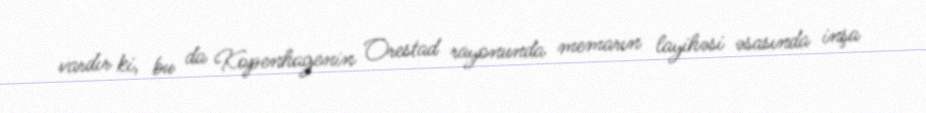
vardır ki, bu da Kopenhagenin Orestad rayonunda memarın layihəsi əsasında inşa